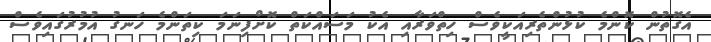
އެގޮތުން ކޮންމެ ކުޅުންތެރިއަކީވެސް ހިތްވަރާއި އެކު މަސައްކަތް ކޮށްފިނަމަ ކިތަންމެ ހަނގު އުމުރުގައިވެސް